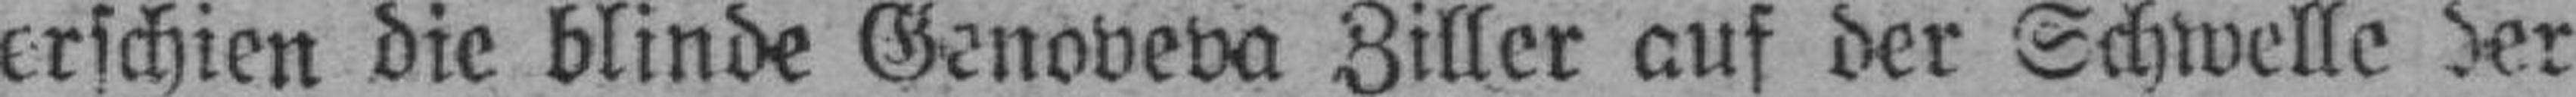
erschien die blinde Genoveva Ziller auf der Schwelle der